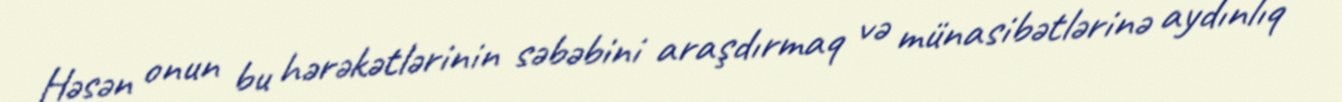
Həsən onun bu hərəkətlərinin səbəbini araşdırmaq və münasibətlərinə aydınlıq